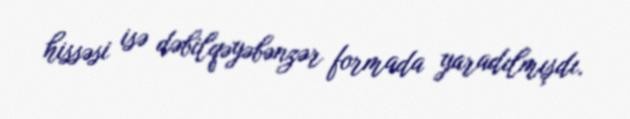
hissəsi isə dəbilqəyəbənzər formada yaradılmışdı.